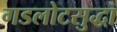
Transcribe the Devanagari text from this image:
गडलोटसुद्धा